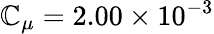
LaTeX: \mathbb{C}_{\mu}=2.00\times10^{-3}